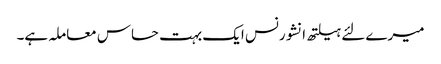
میرے لئے ہیلتھ انشورنس ایک بہت حساس معاملہ ہے۔